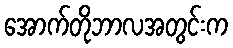
အောက်တိုဘာလအတွင်းက